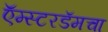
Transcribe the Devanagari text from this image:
ऍम्स्टरडॅमचा